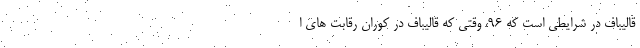
قالیباف در شرایطی است که ۹۶، وقتی که قالیباف در کوران رقابت های ا